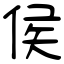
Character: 侯